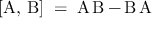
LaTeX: [ \operatorname { A } , \, \operatorname { B } ] \; = \; \operatorname { A } \operatorname { B } - \operatorname { B } \operatorname { A }